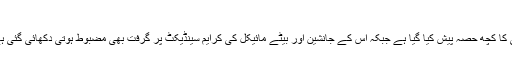
دی گولڈ فادر 2، 1974 (The Godfather: Part II)
اس فلم میں پہلے حصے کے مرکزی کردار یعنی گاڈ فادر کی ابتدائی زندگی کا کچھ حصہ پیش کیا گیا ہے جبکہ اس کے جانشین اور بیٹے مائیکل کی کرایم سینڈیکٹ پر گرفت بھی مضبوط ہوتی دکھائی گئی ہے جو نیویارک سے نویڈا کے ایک قصبے میں سرگرمیوں کو بڑھا دیتا ہے۔